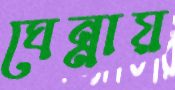
ঘেন্নায়